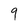
Character: 9